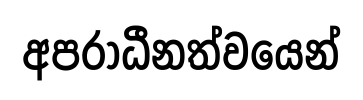
අපරාධීනත්වයෙන්